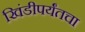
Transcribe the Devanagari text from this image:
खिंडीपर्यंतचा